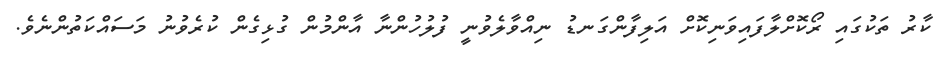
ކާރު ތަކުގައި ރޯކޮށްލާފައިވަނިކޮށް އަލިފާންގަނޑު ނިއްވާލެވުނީ ފުލުހުންނާ އާންމުން ގުޅިގެން ކުރެވުނު މަސައްކަތުންނެވެ.